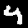
Label: 4